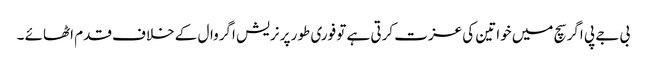
بی جے پی اگر سچ میں خواتین کی عزت کرتی ہے تو فوری طور پر نریش اگروال کے خلاف قدم اٹھائے ۔